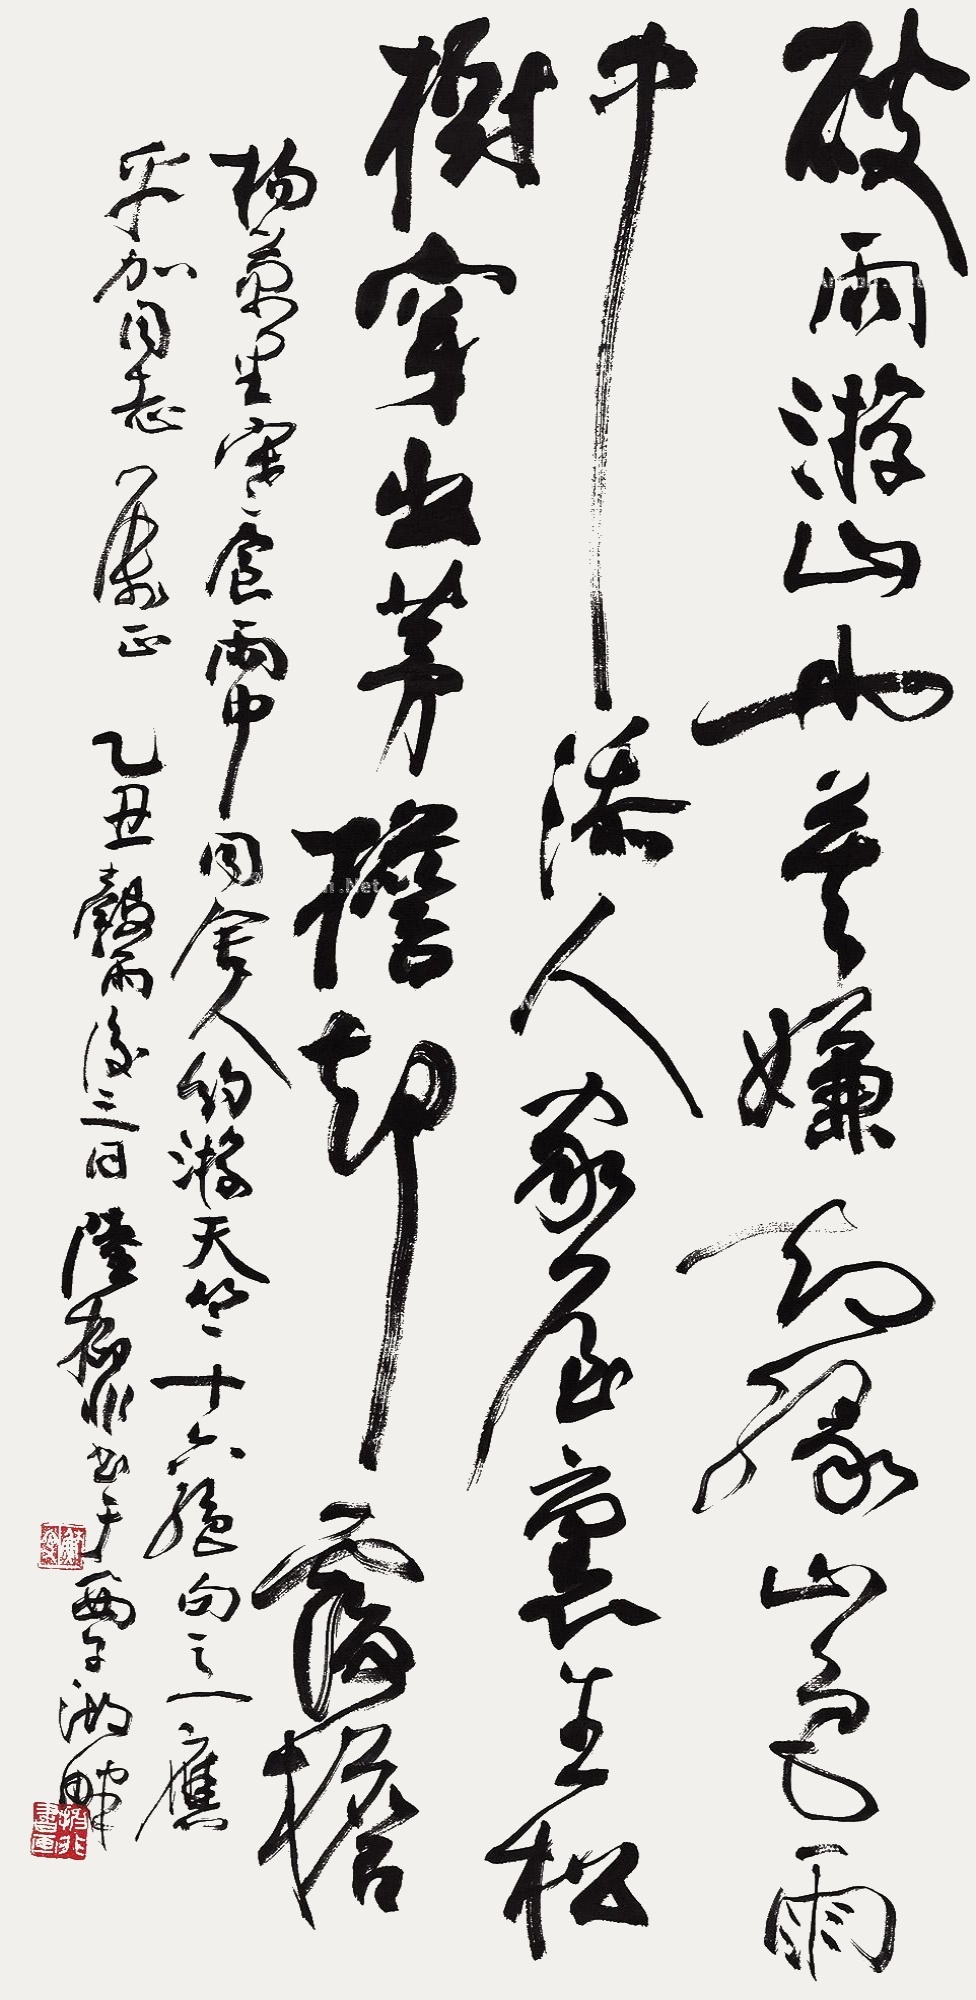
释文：破雨游山也莫嫌，却缘山色雨中添。人家屋里生松树，穿出茅檐却覆檐。杨万里《寒食雨中同舍人约游天竺十六绝句》之一，应乎加同志属正。乙丑谷雨后三日，陆抑非书于西子湖畔。